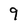
Character: 9